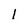
Character: l